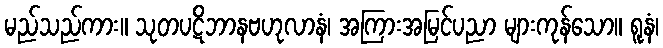
မည်သည်ကား။ သုတပဋိဘာနဗဟုလာနံ၊ အကြားအမြင်ပညာ များကုန်သော။ ရူနံ၊